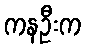
ကနဦးက